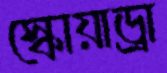
স্কোয়াড্রা